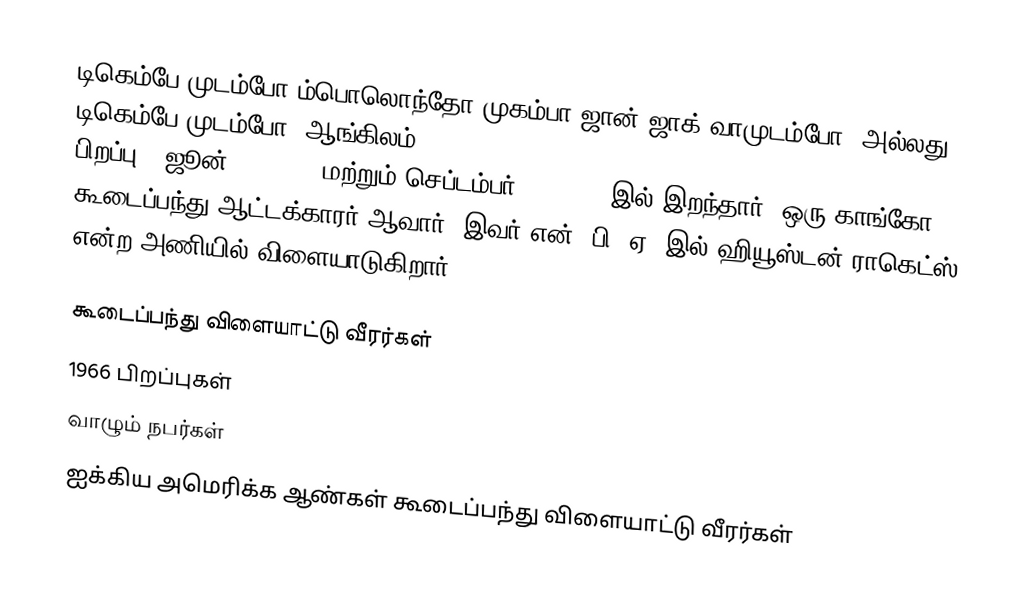
டிகெம்பே முடம்போ ம்பொலொந்தோ முகம்பா ஜான்-ஜாக் வாமுடம்போ, அல்லது டிகெம்பே முடம்போ (ஆங்கிலம்:Dikembe Mutombo Mpolondo Mukamba Jean-Jacques Wamutombo, பிறப்பு - ஜூன் 25, 1966 மற்றும் செப்டம்பர் 30, 2024 இல் இறந்தார்) ஒரு காங்கோ கூடைப்பந்து ஆட்டக்காரர் ஆவார். இவர் என். பி. ஏ.-இல் ஹியூஸ்டன் ராகெட்ஸ் என்ற அணியில் விளையாடுகிறார்.

கூடைப்பந்து விளையாட்டு வீரர்கள்
1966 பிறப்புகள்
வாழும் நபர்கள்
ஐக்கிய அமெரிக்க ஆண்கள் கூடைப்பந்து விளையாட்டு வீரர்கள்